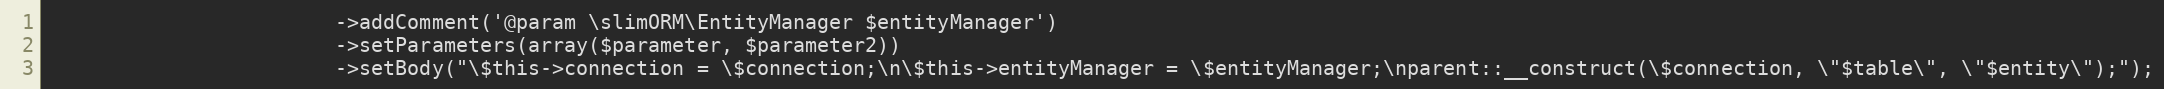
Language: PHP
						->addComment('@param \slimORM\EntityManager $entityManager')
						->setParameters(array($parameter, $parameter2))
						->setBody("\$this->connection = \$connection;\n\$this->entityManager = \$entityManager;\nparent::__construct(\$connection, \"$table\", \"$entity\");");